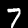
Label: 7